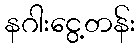
နဂါးငွေ့တန်း